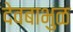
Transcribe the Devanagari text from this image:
देवबाभुळ